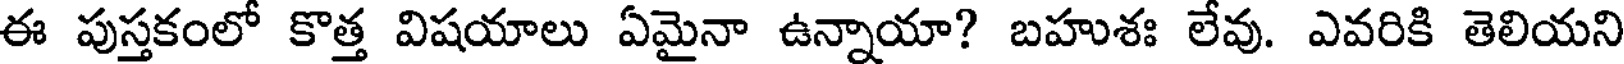
ఈ పుస్తకంలో కొత్త విషయాలు ఏమైనా ఉన్నాయా? బహుశః లేవు. ఎవరికి తెలియని